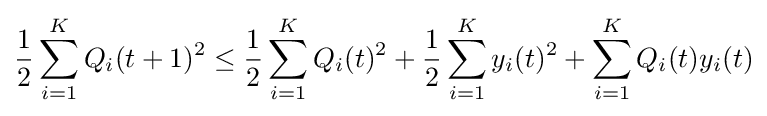
{\frac {1}{2}}\sum _{i=1}^{K}Q_{i}(t+1)^{2}\leq {\frac {1}{2}}\sum _{i=1}^{K}Q_{i}(t)^{2}+{\frac {1}{2}}\sum _{i=1}^{K}y_{i}(t)^{2}+\sum _{i=1}^{K}Q_{i}(t)y_{i}(t)